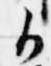
御